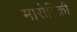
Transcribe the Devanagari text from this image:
मासेविक्री